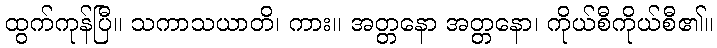
ထွက်ကုန်ပြီ။ သကာသယာတိ၊ ကား။ အတ္တနော အတ္တနော၊ ကိုယ်စီကိုယ်စီ၏။